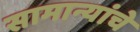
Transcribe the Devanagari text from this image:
सामान्यांचे